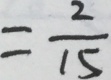
= \frac { 2 } { 1 5 }